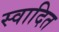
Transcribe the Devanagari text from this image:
स्वादित